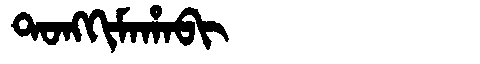
Manchu: ᡨᠣᠩᡴᡳᠮᠠᡥᠠᠪᡳ
Romanization: TONGKIMAHABI